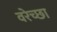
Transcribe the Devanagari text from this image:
वरेच्छा